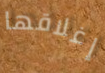
إغلاقها